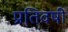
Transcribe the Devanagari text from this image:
प्रतिवषी